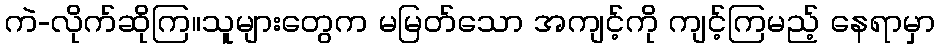
ကဲ-လိုက်ဆိုကြ။သူများတွေက မမြတ်သော အကျင့်ကို ကျင့်ကြမည့် နေရာမှာ